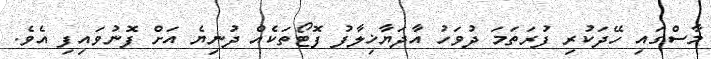
މާސްގައި ހޭދަކުރި ފުރަތަމަ ދުވަހު އާދަޔާޚިލާފު ފޮޓޯތަކެއް ދުނިޔެ އަށް ފޮނުވައިފި އެވެ.